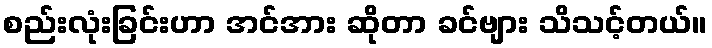
စည်းလုံးခြင်းဟာ အင်အား ဆိုတာ ခင်ဗျား သိသင့်တယ်။